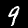
Label: 9